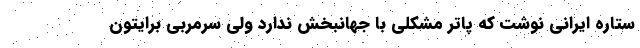
ستاره ایرانی نوشت که پاتر مشکلی با جهانبخش ندارد ولی سرمربی برایتون